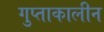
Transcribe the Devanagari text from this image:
गुप्ताकालीन